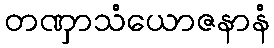
တဏှာသံယောဇနာနံ